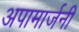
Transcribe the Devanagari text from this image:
अपामार्जनी